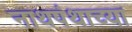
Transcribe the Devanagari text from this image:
नाथपंथाच्या